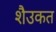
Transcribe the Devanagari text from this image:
शैउकत